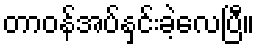
တာဝန်အပ်နှင်းခဲ့လေပြီ။